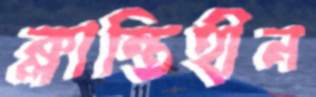
ক্লান্তিহীন